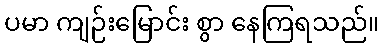
ပမာ ကျဉ်းမြောင်း စွာ နေကြရသည်။